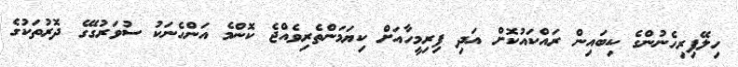
ހިލޭފިރިހެނުންގެ ކިބައިން ރައްކައުކޮށް އަދި ފިރިމީހާއަށް ކިޔަމަންތެރިވެއްޖެ ކޮންމެ އަންހެނަކު ސުވަރުގޭގެ ދޮރުތަކުގެ